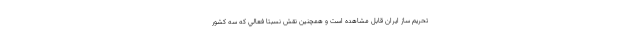
تحريم ساز ايران قابل مشاهده است و همچنين نقش نسبتا فعالي كه سه كشور